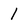
Character: l